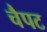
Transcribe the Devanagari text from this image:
चैपट